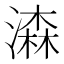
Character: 潹